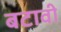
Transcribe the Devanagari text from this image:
बटावी